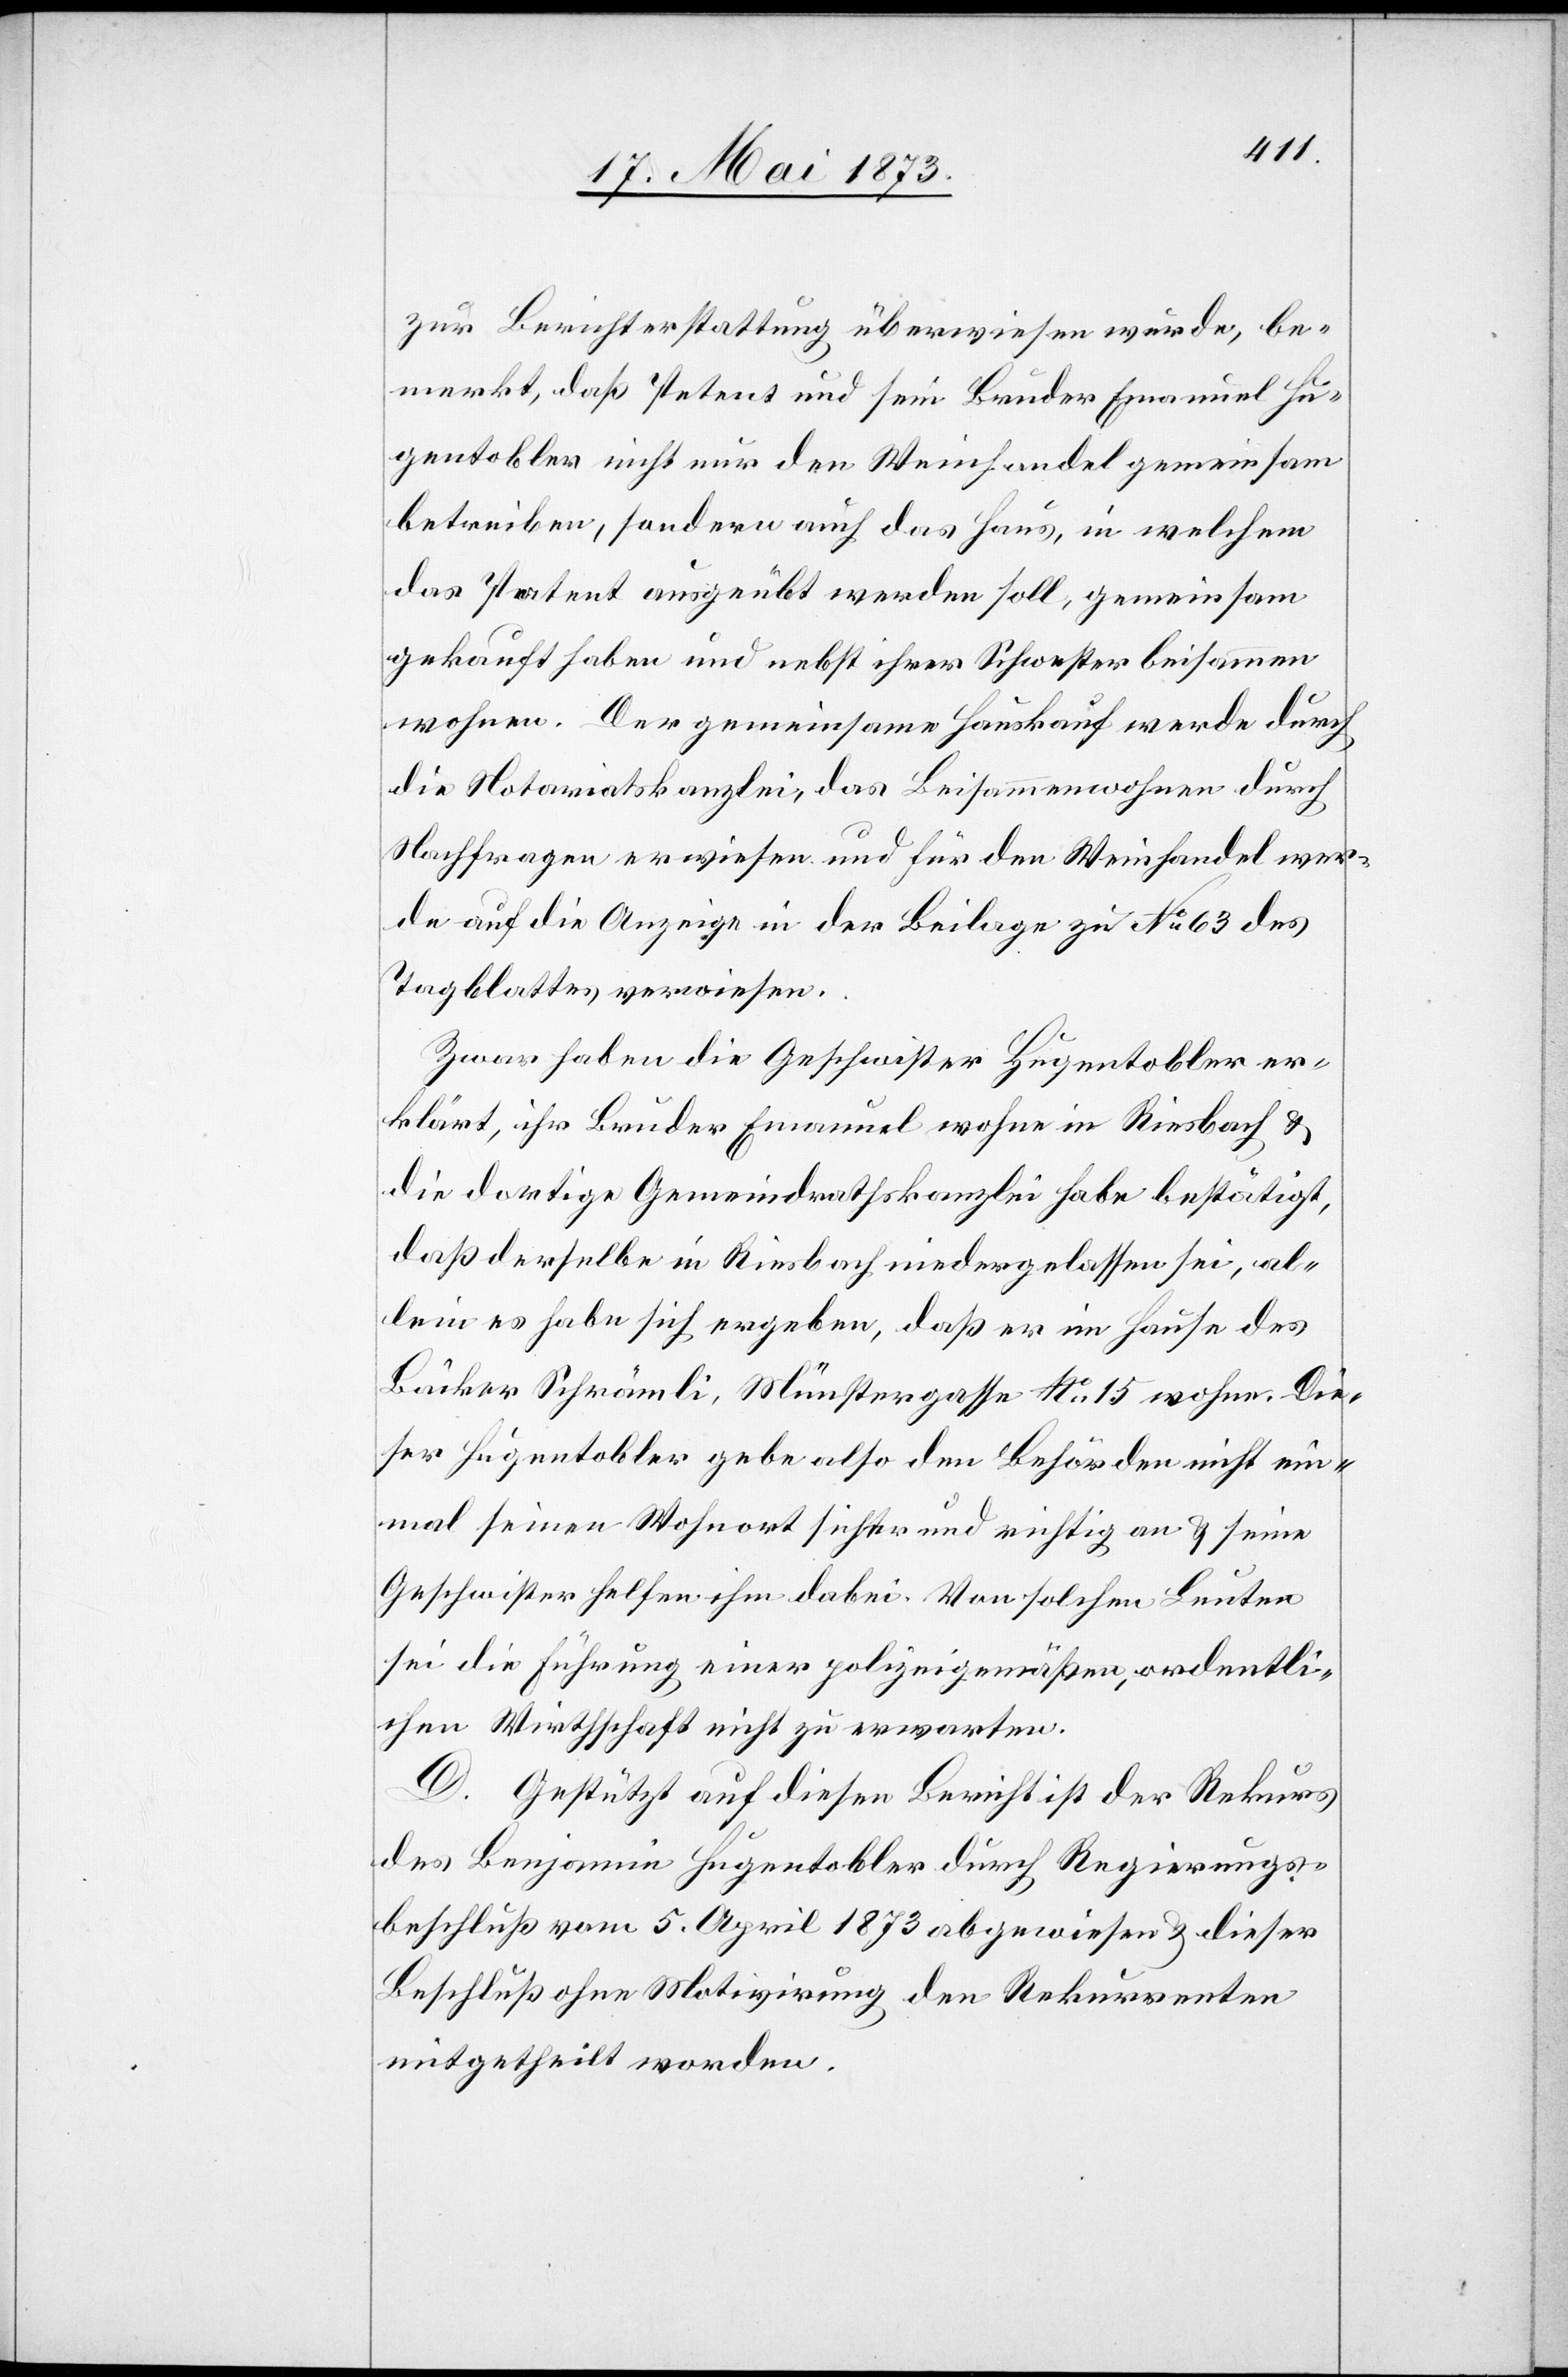
zur Berichterstattung überwiesen wurde, be¬
merkt, daß Petent und sein Bruder Emanuel Hu¬
gentobler nicht nur den Weinhandel gemeinsam
betreiben, sondern auch das Haus, in welchem
das Patent ausgeübt werden soll, gemeinsam
gekauft haben und nebst ihrer Schwester beisammen
wohnen. Der gemeinsame Hauskauf werde durch
die Notariatskanzlei, das Beisammenwohnen durch
Nachfragen erwiesen und für den Weinhandel wer¬
de auf die Anzeige in der Beilage zu No 63 des
Tagblattes verwiesen.
Zwar haben die Geschwister Hugentobler er¬
klärt, ihr Bruder Emanuel wohne in Riesbach &
die dortige Gemeindrathskanzlei habe bestätigt,
daß derselbe in Riesbach niedergelassen sei, al¬
lein es habe sich ergeben, daß er im Hause des
Bäcker Schrämli, Münstergasse No 15 wohne. Die¬
ser Hugentobler gebe also den Behörden nicht ein¬
mal seinen Wohnort sicher und richtig an & seine
Geschwister helfen ihm dabei. Von solchen Leuten
sei die Führung einer polizeigemäßen, ordentli¬
chen Wirthschaft nicht zu erwarten.
D. Gestützt auf diesen Bericht ist der Rekurs
des Benjamin Hugentobler durch Regierungs¬
beschluß vom 5. April 1873 abgewiesen & dieser
Beschluß ohne Motivirung den Rekurrenten
mitgetheilt worden.